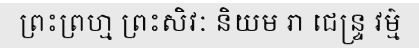
ព្រះព្រហ្ម ព្រះសិវៈ និយម រា ជេន្ទ្រ វម៌្ម